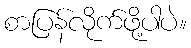
စာပြန်လိုက်ဖို့ပါပဲ။